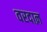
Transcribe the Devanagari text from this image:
वरदाऩ